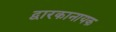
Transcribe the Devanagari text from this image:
द्वारकानायक